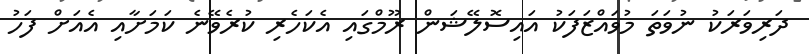
ދަރިވަރަކު ނުވަތަ މުވައްޒަފަކު އައިސޮލޭޝަން ރޫމްގައި އެކަހެރި ކުރެވޭނެ ކަމަށާއި އެއަށް ފަހު